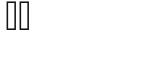
٥٢